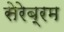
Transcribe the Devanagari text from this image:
सेरेब्रम